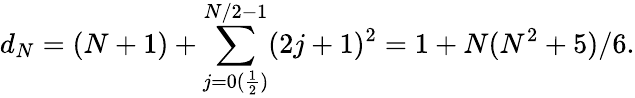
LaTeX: d_{N}=(N+1)+\sum_{j=0(\frac{1}{2})}^{N/2-1}(2j+1)^{2}=1+N(N^{2}+5)/6.